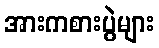
အားကစားပွဲများ